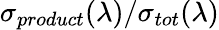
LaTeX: {\sigma}_{product}(\lambda)/{\sigma}_{tot}(\lambda)